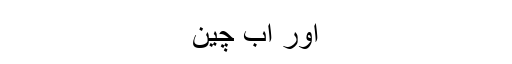
اور اب چین